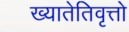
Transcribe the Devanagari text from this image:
ख्यातेतिवृत्तो